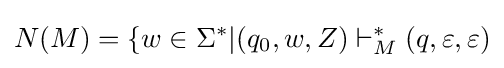
N(M)=\{w\in \Sigma ^{*}|(q_{0},w,Z)\vdash _{M}^{*}(q,\varepsilon ,\varepsilon )